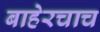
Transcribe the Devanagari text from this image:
बाहेरचाच